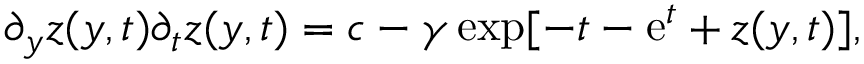
\partial _ { y } z ( y , t ) \partial _ { t } z ( y , t ) = c - \gamma \exp [ - t - \mathrm { e } ^ { t } + z ( y , t ) ] ,